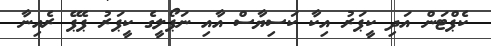
ކެޕްޓަން އަދި ކީޕަރު އިކާ ކަސިޔާސް އާއި ނަޕޯލީގެ ކީޕަރު ޕެޕޭ ރެއިނާ